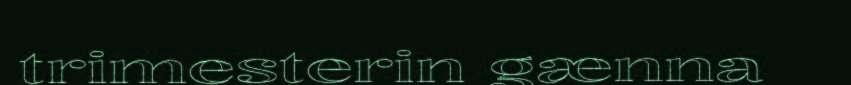
trimesterin gænna